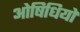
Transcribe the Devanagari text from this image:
ओषिधियों